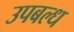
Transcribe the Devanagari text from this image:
उपबल्ध